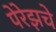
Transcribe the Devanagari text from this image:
पेरेझचे